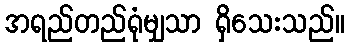
အရည်တည်ရုံမျှသာ ရှိသေးသည်။